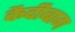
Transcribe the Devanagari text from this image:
कैदीबाग